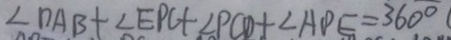
\angle D A B + \angle E P C + \angle P C D + \angle A D E = 3 6 0 ^ { \circ } (